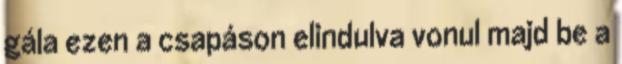
gála ezen a csapáson elindulva vonul majd be a